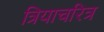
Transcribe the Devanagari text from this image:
त्रियाचरित्र